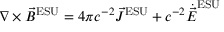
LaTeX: \nabla \times { \vec { B } } ^ { \mathrm { E S U } } = 4 \pi c ^ { - 2 } { \vec { J } } ^ { \mathrm { E S U } } + c ^ { - 2 } { \dot { \vec { E } } } ^ { \mathrm { E S U } }